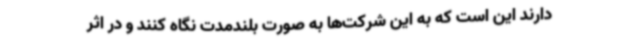
دارند این است که به این شرکت‌ها به صورت بلندمدت نگاه کنند و در اثر